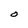
Character: O